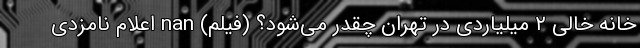
خانه خالی ۲ میلیاردی در تهران چقدر می‌شود؟ (فیلم) nan اعلام نامزدی